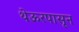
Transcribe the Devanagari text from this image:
थेऊरपासून